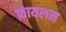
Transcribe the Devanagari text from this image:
फ़ायलम